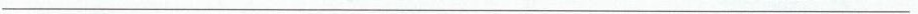
___